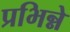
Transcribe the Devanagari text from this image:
प्रभिन्ने